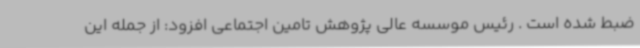
ضبط شده است . رئیس موسسه عالی پژوهش تامین اجتماعی افزود: از جمله این